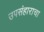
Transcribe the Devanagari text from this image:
उपसंहाराचा